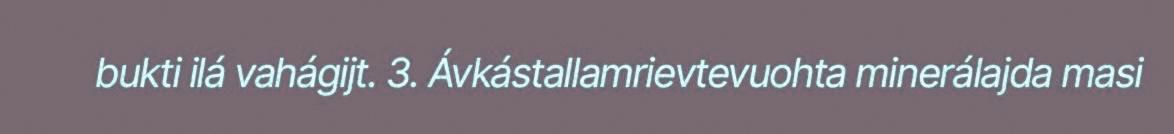
bukti ilá vahágijt. 3. Ávkástallamrievtevuohta minerálajda masi